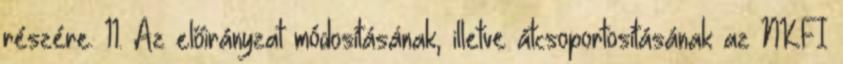
részére. 11. Az előirányzat módosításának, illetve átcsoportosításának az NKFI